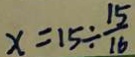
x = 1 5 \div \frac { 1 5 } { 1 6 }